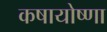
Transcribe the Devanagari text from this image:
कषायोष्णा